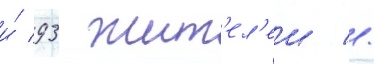
и́ 93 жит'ел'еи //